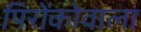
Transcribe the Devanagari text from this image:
पिरोंकोवाला